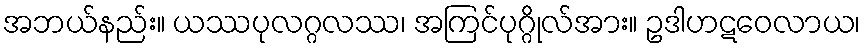
အဘယ်နည်း။ ယဿပုလဂ္ဂလဿ၊ အကြင်ပုဂ္ဂိုလ်အား။ ဥဒါဟဋဝေလာယ၊